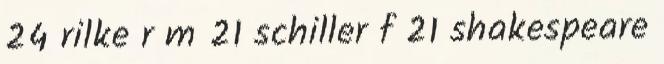
24 rilke r m 21 schiller f 21 shakespeare